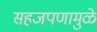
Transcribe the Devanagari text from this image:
सहजपणामुळे